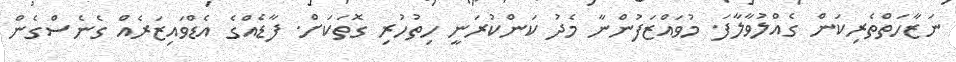
ނަޒާހަތްތެރިކަން ގެއްލުވާލާފަ. މުވައްޒަފުންނާ މެދު ކަންކުރަނީ ހިތުހުރި ގޮތަކަށް. ފާޑެއްގެ އެޑްވައިޒަރެއް ގެނެސްގެން